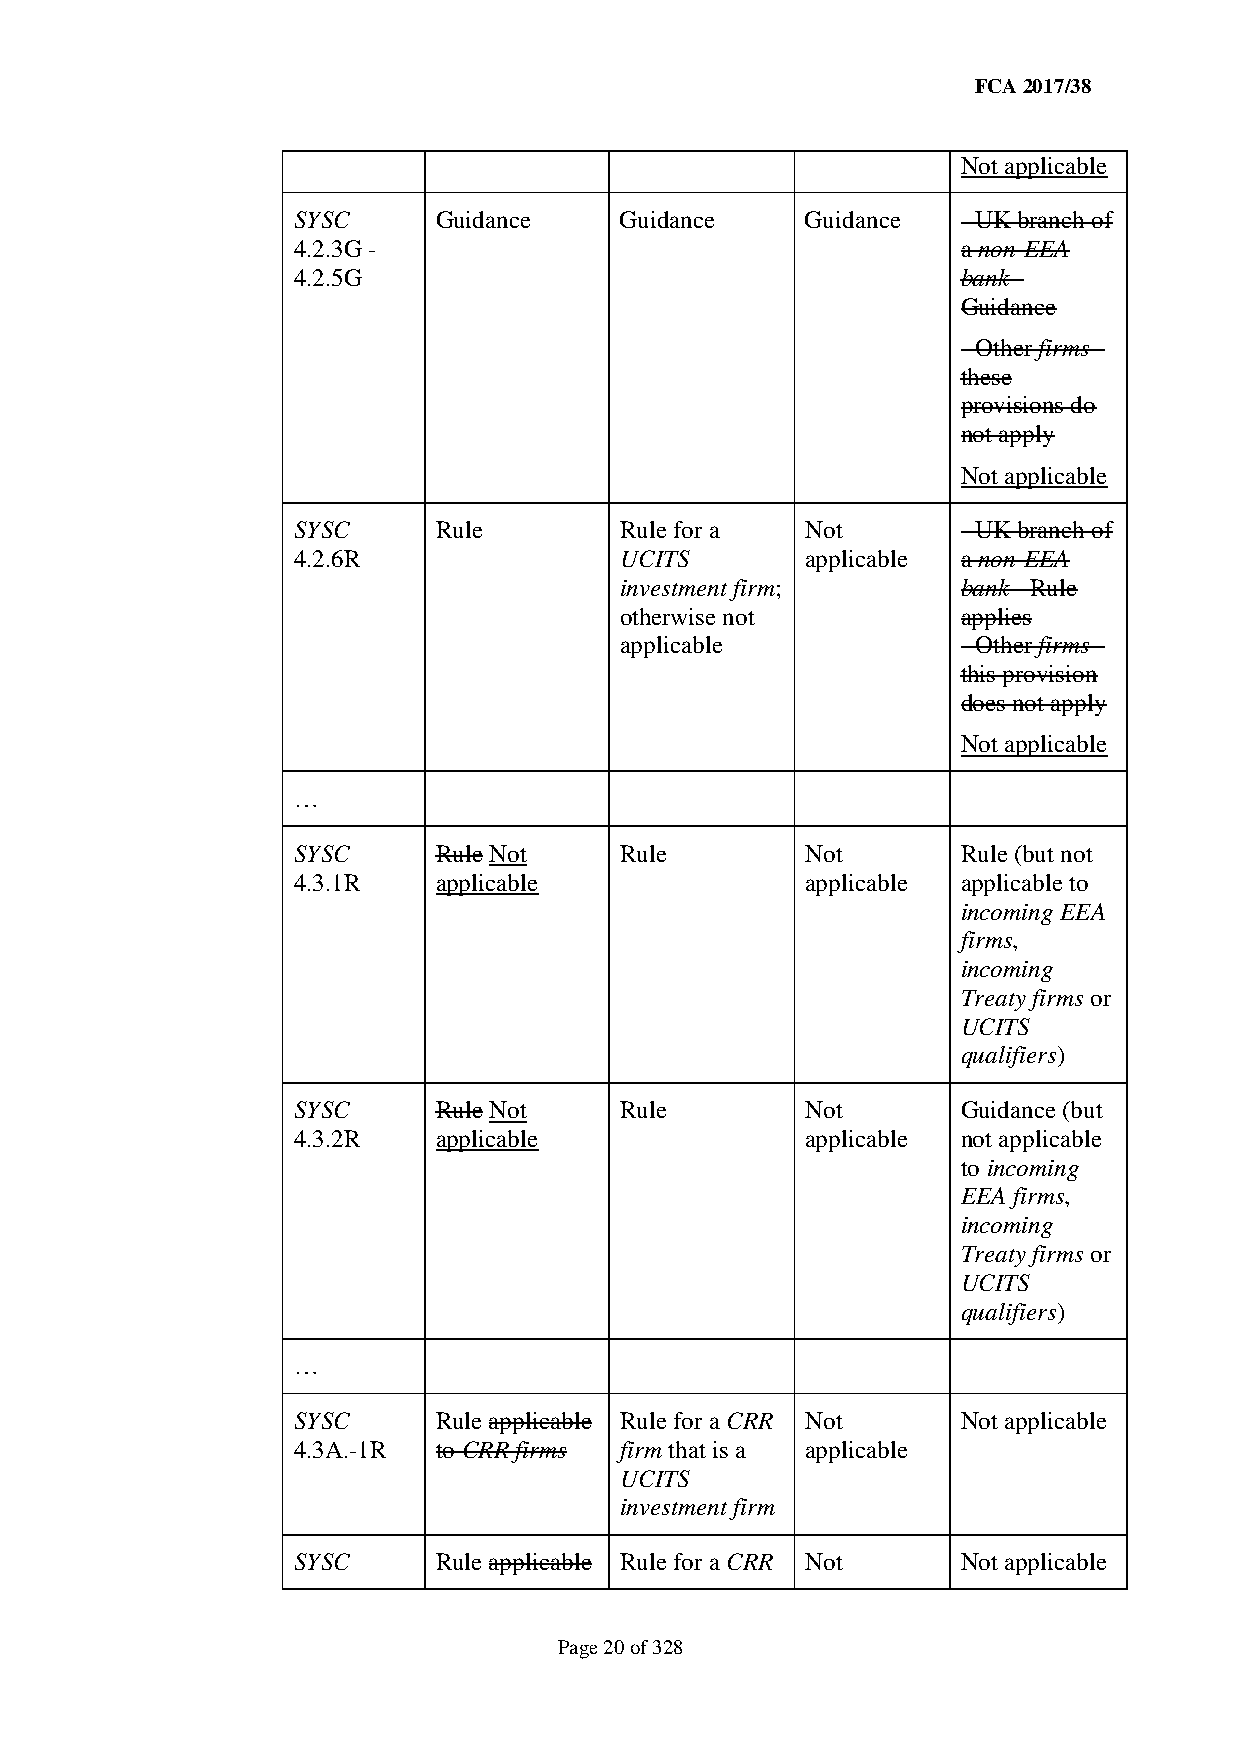
FCA 2017/38
 Not applicable
 SYSC      Guidance    Guidance    Guidance   - UK branch of
 4.2.3G -                                     a non-EEA
 4.2.5G                                       bank -
 Guidance
 - Other firms -
 these
 provisions do
 not apply
 Not applicable
 SYSC      Rule        Rule for a  Not        - UK branch of
 4.2.6R                UCITS       applicable a non-EEA
 investment firm;       bank - Rule
 otherwise not          applies
 applicable             - Other firms -
 this provision
 does not apply
 Not applicable
 …
 SYSC      Rule Not    Rule        Not        Rule (but not
 4.3.1R    applicable              applicable applicable to
 incoming EEA
 firms,
 incoming
 Treaty firms or
 UCITS
 qualifiers)
 SYSC      Rule Not    Rule        Not        Guidance (but
 4.3.2R    applicable              applicable not applicable
 to incoming
 EEA firms,
 incoming
 Treaty firms or
 UCITS
 qualifiers)
 …
 SYSC      Rule applicable Rule for a CRR Not Not applicable
 4.3A.-1R  to CRR firms firm that is a applicable
 UCITS
 investment firm
 SYSC      Rule applicable Rule for a CRR Not Not applicable
 Page 20 of 328